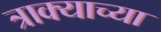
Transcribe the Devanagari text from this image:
त्राक्याच्या